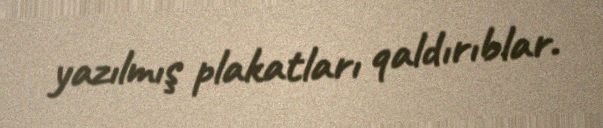
yazılmış plakatları qaldırıblar.